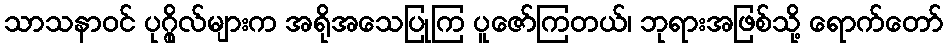
သာသနာဝင် ပုဂ္ဂိုလ်များက အရိုအသေပြုကြ ပူဇော်ကြတယ်၊ ဘုရားအဖြစ်သို့ ရောက်တော်